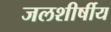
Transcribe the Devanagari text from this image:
जलशीर्षीय